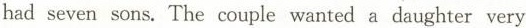
had seven sons. The couple wanted a daughter very